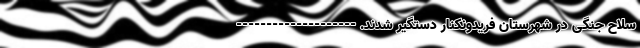
سلاح جنگی در شهرستان فریدونکنار دستگیر شدند. --------------------